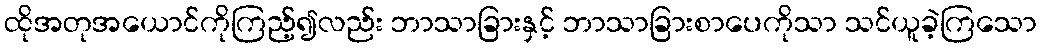
ထိုအတုအယောင်ကိုကြည့်၍လည်း ဘာသာခြားနှင့် ဘာသာခြားစာပေကိုသာ သင်ယူခဲ့ကြသော